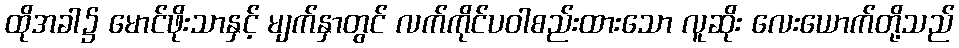
ထိုအခါ၌ မောင်ဖိုးသာနှင့် မျက်နှာတွင် လက်ကိုင်ပဝါစည်းထားသော လူဆိုး လေးယောက်တို့သည်